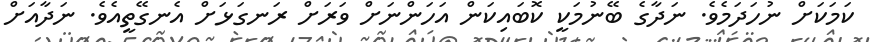
ކަމަކަށް ނުހަދަމެވެ. ނަދާގެ ބޭނުމަކީ ކޮބައިކަން އަހަންނަށް ވަރަށް ރަނގަޅަށް އެނގޭތީއެވެ. ނަދާއަށް